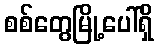
စစ်တွေမြို့ပေါ်ရှိ